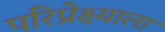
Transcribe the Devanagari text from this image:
परिप्रेक्ष्याला